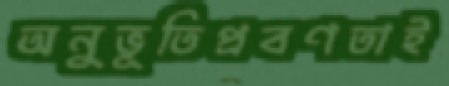
অনুভূতিপ্রবণতাই